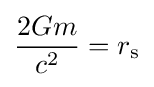
{\frac {2Gm}{c^{2}}}=r_{\text{s}}